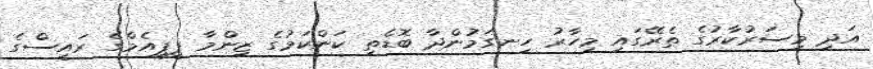
އަދި މިސަރުކާރުގެ ތެރޭގައި މިހާރު ހިނގަމުންދާ ބޮޑެތި ކަންކަމުގެ ޒިންމާ ޕީޕީއެމްގެ ރައީސްގެ